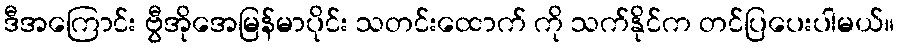
ဒီအကြောင်း ဗွီအိုအေမြန်မာပိုင်း သတင်းထောက် ကို သက်နိုင်က တင်ပြပေးပါမယ်။